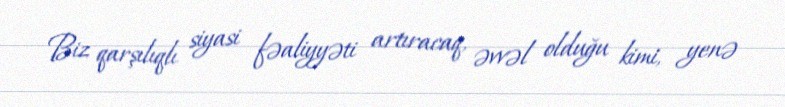
Biz qarşılıqlı siyasi fəaliyyəti artıracaq, əvvəl olduğu kimi, yenə